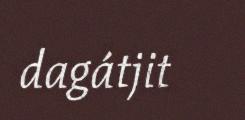
dagátjit